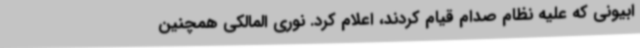
ابیونی که علیه نظام صدام قیام کردند، اعلام کرد. نوری المالکی همچنین